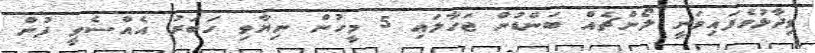
ވިދާޅުވެފައިވަނީ ލޯންޗެއް ބަންޑުން ޖަހާލައި 5 މީހުން ނިޔާވި ހަބަރު އެއްސެވީ ފުން